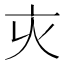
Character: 𠅆